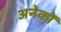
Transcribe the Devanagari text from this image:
अनेकोँ